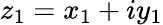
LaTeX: z_{1}=x_{1}+iy_{1}